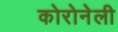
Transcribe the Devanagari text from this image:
कोरोनेली